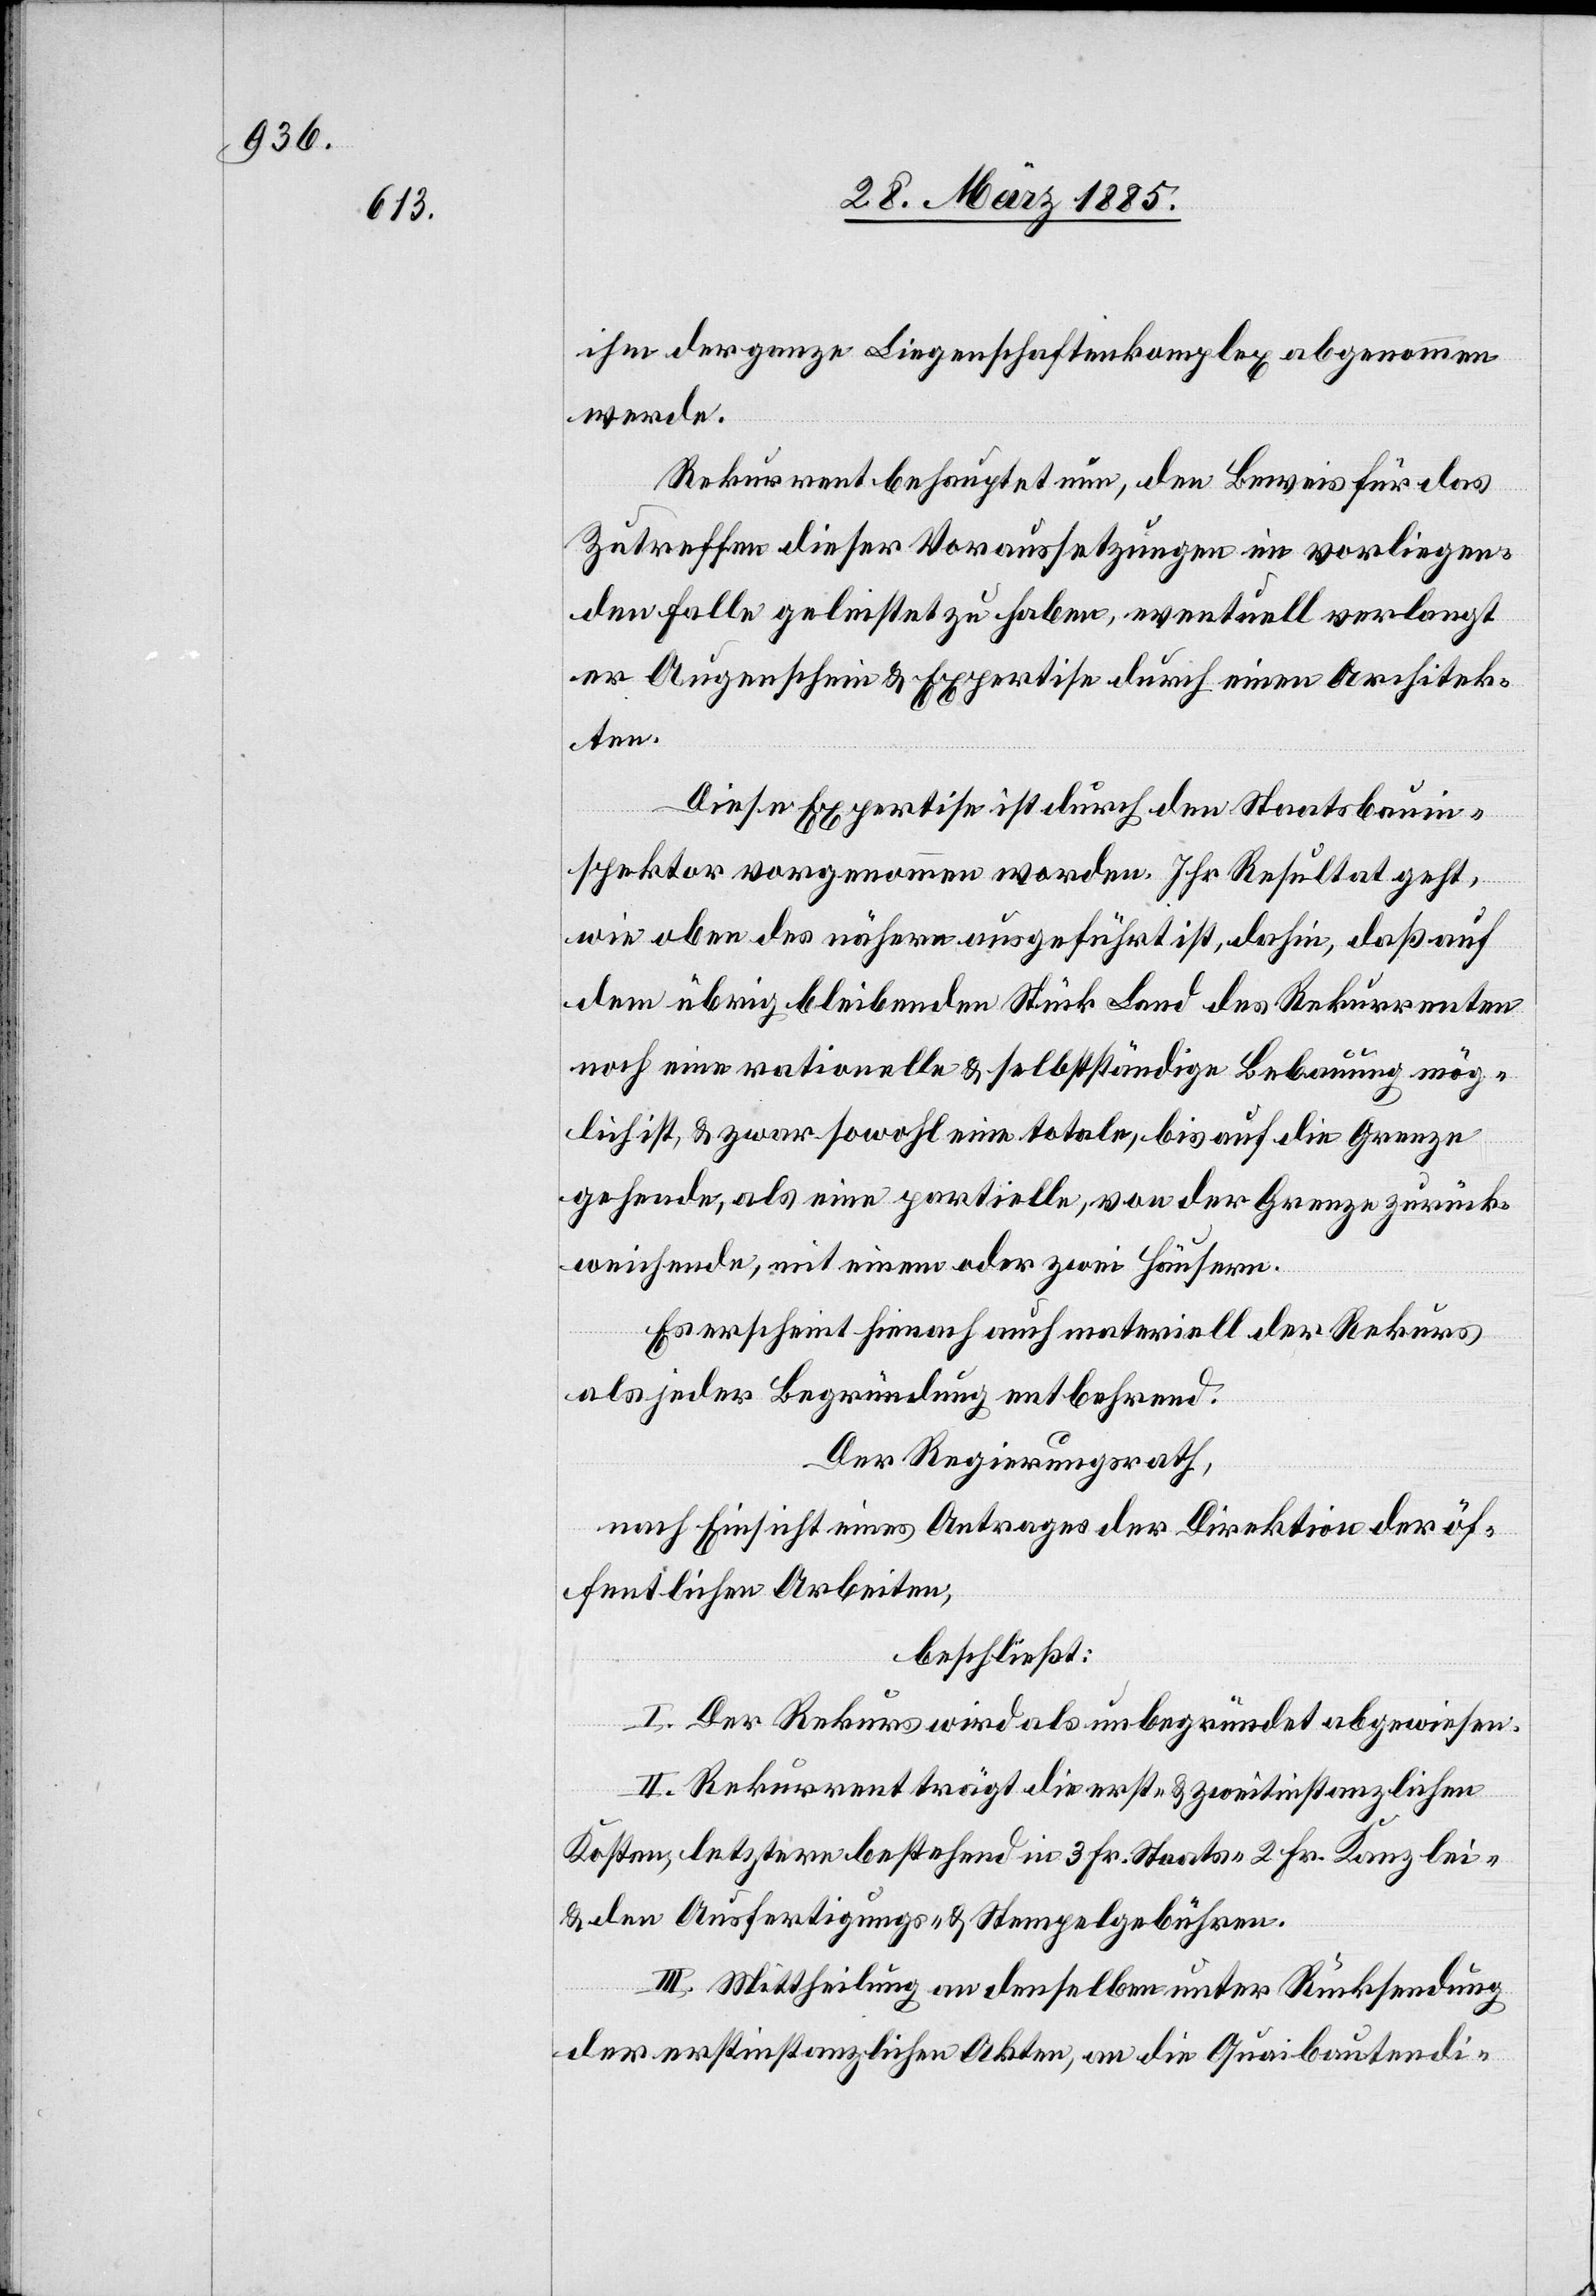
ihm der ganze Liegenschaftenkomplex abgenommen
werde.
Rekurrent behauptet nun, den Beweis für das
Zutreffen dieser Voraussetzungen im vorliegen¬
den Falle geleistet zu haben, eventuell verlangt
er Augenschein & Expertise durch einen Architek¬
ten.
Diese Expertise ist durch den Staatsbauin¬
spektor vorgenommen worden. Ihr Resultat geht
wie oben des nähern ausgeführt ist, dahin, daß auf
dem übrig bleibenden Stück Land des Rekurrenten
noch eine rationelle & selbstständige Bebauung mög¬
lich ist, zwar sowohl eine totale, bis auf die Grenze
gehende, als eine partielle, von der Grenze zurück¬
weisende, mit einem oder zwei Häusern.
Es erscheint hienach auch materiell der Rekurs
als jeder Begründung entbehrend.
Der Regierungsrath,
nach Einsicht eines Antrages der Direktion der öf¬
fentlichen Arbeiten,
beschließt:
I. Der Rekurs wird als unbegründet abgewiesen.
II. Rekurrent trägt die erst- & zweitinstanzlichen
Kosten, letztere bestehend in 3 Fr. Staats-[,] 2 Fr. Kanzlei-
& den Ausfertigungs- & Stempelgebühren.
III. Mittheilung an denselben unter Rücksendung
der erstinstanzlichen Akten, an die Quaibautendi-